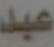
عبد